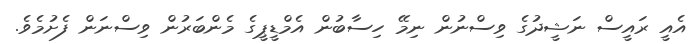
އެއީ ރައީސް ނަޝީދުގެ ވިސްނުން ނިމޭ ހިސާބުން އެމްޑީޕީގެ މެންބަރުން ވިސްނަން ފެށުމެވެ.